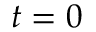
t = 0